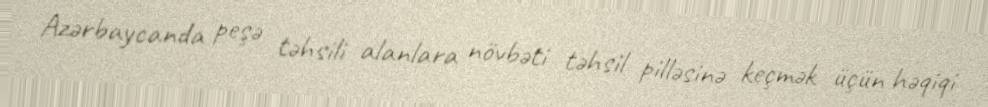
Azərbaycanda peşə təhsili alanlara növbəti təhsil pilləsinə keçmək üçün həqiqi